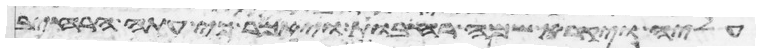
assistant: עליה ויקרא שמה רחבות ויאמר כי עתה הרחיב